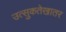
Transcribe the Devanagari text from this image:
उत्सुकतेखातर